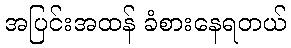
အပြင်းအထန် ခံစားနေရတယ်